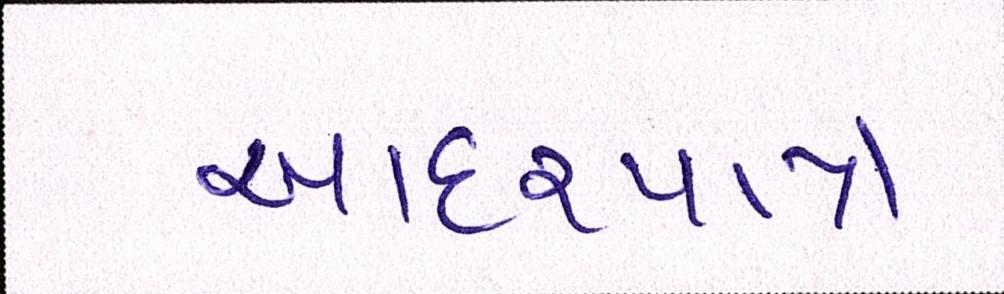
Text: આદરપાત્ર